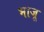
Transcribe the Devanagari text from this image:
भाजू